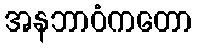
အနဘာဝံကတော